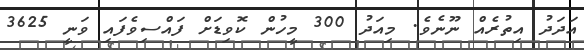
އަދަދު އިތުރެއް ނޫނެވެ. މިއަދު 300 މީހުން ކޮވިޑަށް ފައްސިވެފައި ވަނީ 3625